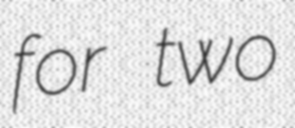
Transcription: for two